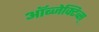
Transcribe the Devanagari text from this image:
ऑब्जेक्टिव्स्